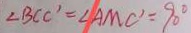
\angle B C C ^ { \prime } = \angle A M C ^ { \prime } = 9 0 ^ { \circ }